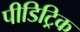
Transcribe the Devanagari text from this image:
पीडिट्रिक